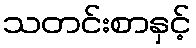
သတင်းစာနှင့်